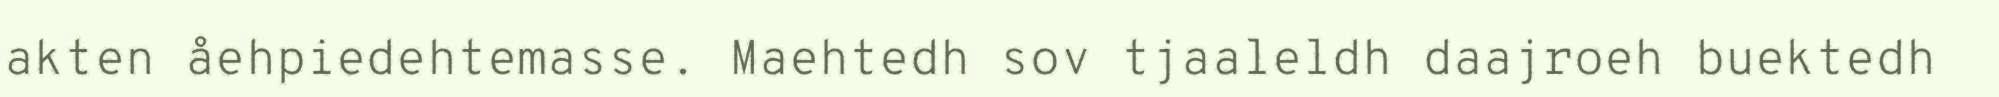
akten åehpiedehtemasse. Maehtedh sov tjaaleldh daajroeh buektedh